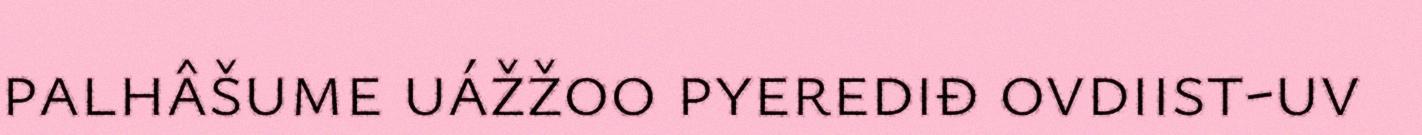
palhâšume uážžoo pyerediđ ovdiist-uv